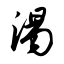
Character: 渴